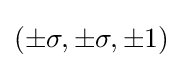
(\pm \sigma ,\pm \sigma ,\pm 1)